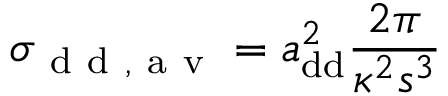
\sigma _ { \mathrm { ~ d ~ d ~ , ~ a ~ v ~ } } = a _ { \mathrm { { d d } } } ^ { 2 } \frac { 2 \pi } { \kappa ^ { 2 } s ^ { 3 } }